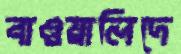
বাওয়ালিদে